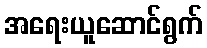
အရေးယူဆောင်ရွက်